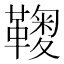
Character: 𩌽